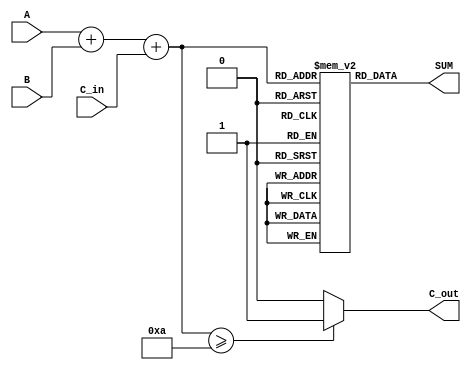
module bcd_lut_adder (
    input  wire [3:0] A,      // BCD input A
    input  wire [3:0] B,      // BCD input B
    input  wire C_in,         // Carry-in
    output wire [3:0] SUM,    // BCD output SUM
    output wire C_out         // Carry-out
);

    // Temporary 5-bit sum to accommodate for carry
    wire [4:0] TEMP_SUM;
    assign TEMP_SUM = A + B + C_in;

    // LUT for BCD correction 
    // There are 20 possible values (0 to 19) since max BCD addition is 9 + 9
    reg [3:0] lut[0:19];

    // Initialization of LUT
    initial begin
        lut[0]  = 4'd0;   // 0
        lut[1]  = 4'd1;   // 1
        lut[2]  = 4'd2;   // 2
        lut[3]  = 4'd3;   // 3
        lut[4]  = 4'd4;   // 4
        lut[5]  = 4'd5;   // 5
        lut[6]  = 4'd6;   // 6
        lut[7]  = 4'd7;   // 7
        lut[8]  = 4'd8;   // 8
        lut[9]  = 4'd9;   // 9
        lut[10] = 4'd0;   // 10 corrected to 0 with carry
        lut[11] = 4'd1;   // 11 corrected to 1 with carry
        lut[12] = 4'd2;   // 12 corrected to 2 with carry
        lut[13] = 4'd3;   // 13 corrected to 3 with carry
        lut[14] = 4'd4;   // 14 corrected to 4 with carry
        lut[15] = 4'd5;   // 15 corrected to 5 with carry
        lut[16] = 4'd6;   // 16 corrected to 6 with carry
        lut[17] = 4'd7;   // 17 corrected to 7 with carry
        lut[18] = 4'd8;   // 18 corrected to 8 with carry
        lut[19] = 4'd9;   // 19 corrected to 9 with carry
    end

    // BCD Sum output from the LUT
    assign SUM = lut[TEMP_SUM[4:0]];

    // Carry-out logic
    assign C_out = (TEMP_SUM >= 10) ? 1'b1 : 1'b0;

endmodule